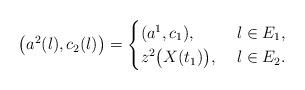
LaTeX: \begin{align*}\big(a^2(l),c_2(l)\big)=\begin{cases}(a^1,c_1),&~l\in E_1,\\z^2\big(X(t_1)\big),&~l\in E_2.\end{cases}\end{align*}